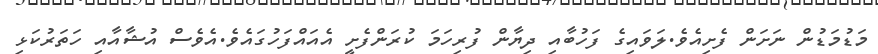
މަޑުމަޑުން ނަށަން ފެށިއެވެ.ލަވައިގެ ފަހުބާއި ދިޔާން ފުރިހަމަ ކުރަންފެށީ އެއައްފަހުގައެވެ.އެވެސް އުޝާއާއި ހަތަރުކަޅި